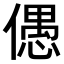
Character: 𠏋